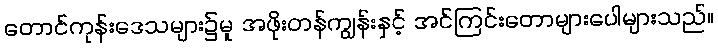
တောင်ကုန်းဒေသများ၌မူ အဖိုးတန်ကျွန်းနှင့် အင်ကြင်းတောများပေါများသည်။